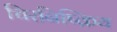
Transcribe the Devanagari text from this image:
चिरनिष्क्रिय